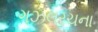
ગઝલરચના